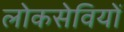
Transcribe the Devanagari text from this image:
लोकसेवियों